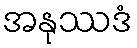
အနုဿဒံ